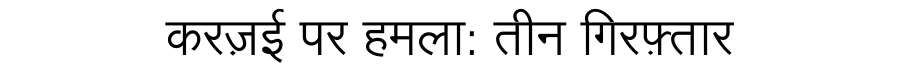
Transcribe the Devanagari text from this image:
करज़ई पर हमला: तीन गिरफ़्तार